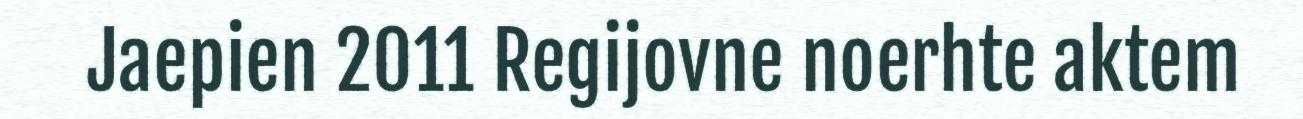
Jaepien 2011 Regijovne noerhte aktem